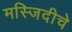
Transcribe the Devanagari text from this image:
मस्जिदीचे